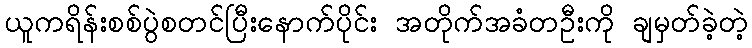
ယူကရိန်းစစ်ပွဲစတင်ပြီးနောက်ပိုင်း အတိုက်အခံတဦးကို ချမှတ်ခဲ့တဲ့